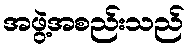
အဖွဲ့အစည်းသည်